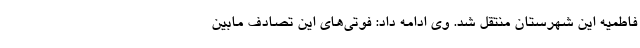
فاطمیه این شهرستان منتقل شد. وی ادامه داد: فوتی‌های این تصادف مابین